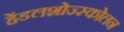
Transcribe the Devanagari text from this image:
हेंडलशोज्स्कोलन